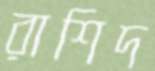
রাশিদ